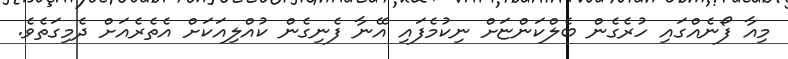
މިއާ ފޯނެއްގައި ހުރެގެން ބެލްކަންޏަށް ނިކުމެފައި އޭނާ ފެނިގެން ކުއްލިއަކަށް އެތެރެއަށް ދެމިގަތެވެ.